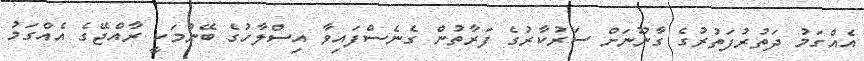
އެއްގަމު ދަތުރުފަތުރުގެ ގާނޫނަށް ސަރުކާރުގެ ފަރާތުން ގެނެސްފައިވާ އިސްލާހުގެ ބޭނުމަކީ ރާއްޖޭގެ އެއްގަމު